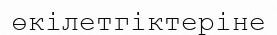
өкілетгіктеріне